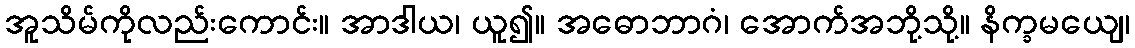
အူသိမ်ကိုလည်းကောင်း။ အာဒါယ၊ ယူ၍။ အဓောဘာဂံ၊ အောက်အဘို့သို့။ နိက္ခမယျေ၊